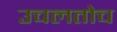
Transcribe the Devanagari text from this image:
उचलतोच